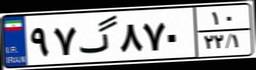
۹۷گ۸۷۰۱۰